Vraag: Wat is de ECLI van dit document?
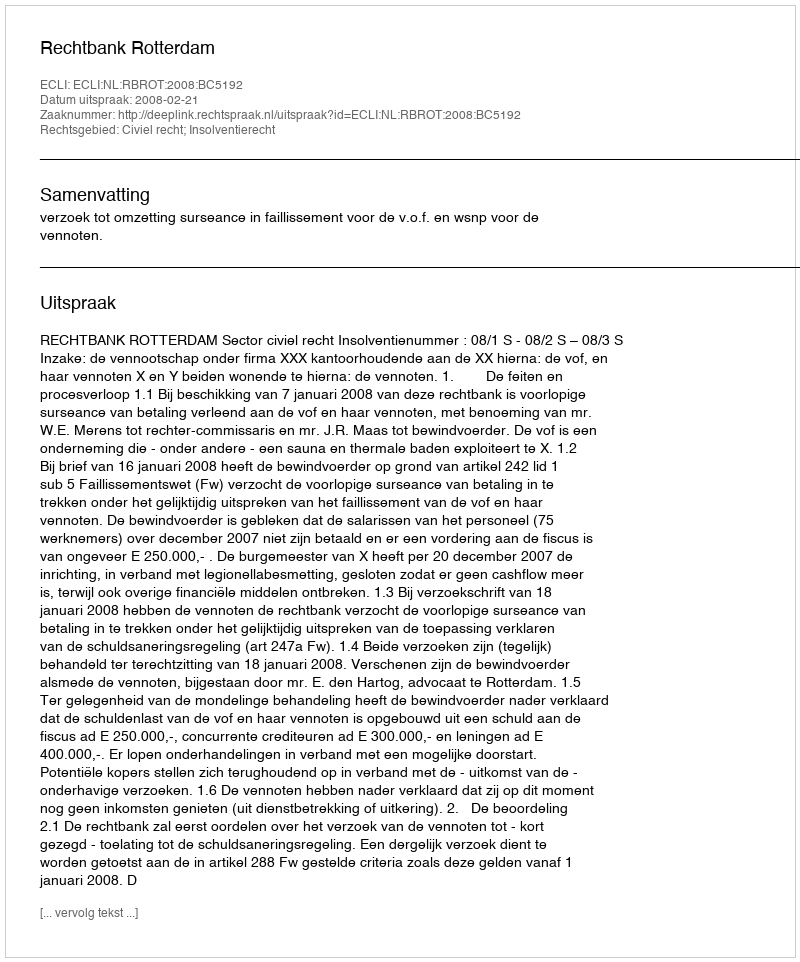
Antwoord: ECLI:NL:RBROT:2008:BC5192